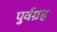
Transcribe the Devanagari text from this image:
पुर्वग्रह